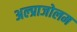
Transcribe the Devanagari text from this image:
अल्प्राजोलम